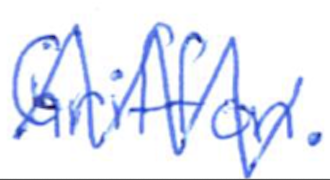
Text: Griffon.
Cross-out: zig-zag
Writing tool: ballpoint